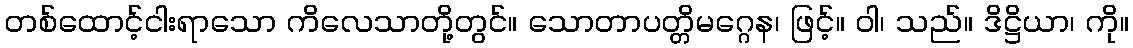
တစ်ထောင့်ငါးရာသော ကိလေသာတို့တွင်။ သောတာပတ္တိမဂ္ဂေန၊ ဖြင့်။ ဝါ၊ သည်။ ဒိဋ္ဌိယာ၊ ကို။